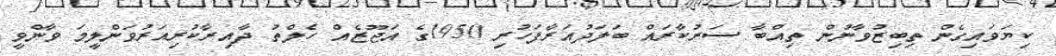
ކިޔަވައިގެން ތިބިޒުވާނުން ތިއްބާ ސަރުކާރައް ބަލަދުއަރާފަހުރި 1950ގެ އަޖޫޒެއް ހެލްތު ދާއިރާކުރިއަރުވަންލީމަ ވާންވީ